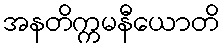
အနတိက္ကမနီယောတိ